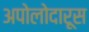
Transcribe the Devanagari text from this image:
अपोलोदारूस